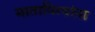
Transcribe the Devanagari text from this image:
मातापित्यांना